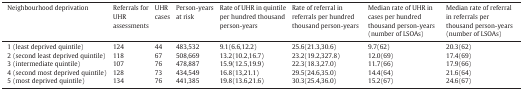
<table><thead><tr><td><b>Neighbourhood deprivation</b></td><td><b>Referrals for UHR assessments</b></td><td><b>UHR cases</b></td><td><b>Person-years at risk</b></td><td><b>Rate of UHR in quintile per hundred thousand person-years</b></td><td><b>Rate of referral in referrals per hundred thousand person-years</b></td><td><b>Median rate of UHR in cases per hundred thousand person-years (number of LSOAs)</b></td><td><b>Median rate of referral in referrals per thousand person-years (number of LSOAs)</b></td></tr></thead><tbody><tr><td>1 (least deprived quintile)</td><td>124</td><td>44</td><td>483,532</td><td>9.1(6.6,12.2)</td><td>25.6(21.3,30.6)</td><td>9.7(62)</td><td>20.3(62)</td></tr><tr><td>2 (second least deprived quintile)</td><td>118</td><td>67</td><td>508,669</td><td>13.2(10.2,16.7)</td><td>23.2(19.2,327.8)</td><td>12.0(69)</td><td>17.4(69)</td></tr><tr><td>3 (intermediate quintile)</td><td>107</td><td>76</td><td>478,887</td><td>15.9(12.5,19.9)</td><td>22.3(18.3,27.0)</td><td>11.7(66)</td><td>17.9(66)</td></tr><tr><td>4 (second most deprived quintile)</td><td>128</td><td>73</td><td>434,549</td><td>16.8(13,21.1)</td><td>29.5(24.6,35.0)</td><td>14.4(64)</td><td>21.6(64)</td></tr><tr><td>5 (most deprived quintile)</td><td>134</td><td>76</td><td>441,385</td><td>19.8(13.6,21.6)</td><td>30.3(25.4,36.0)</td><td>15.2(67)</td><td>24.6(67)</td></tr></tbody></table>